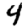
Digit: 4